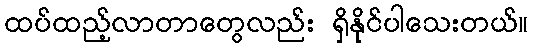
ထပ်ထည့်လာတာတွေလည်း ရှိနိုင်ပါသေးတယ်။